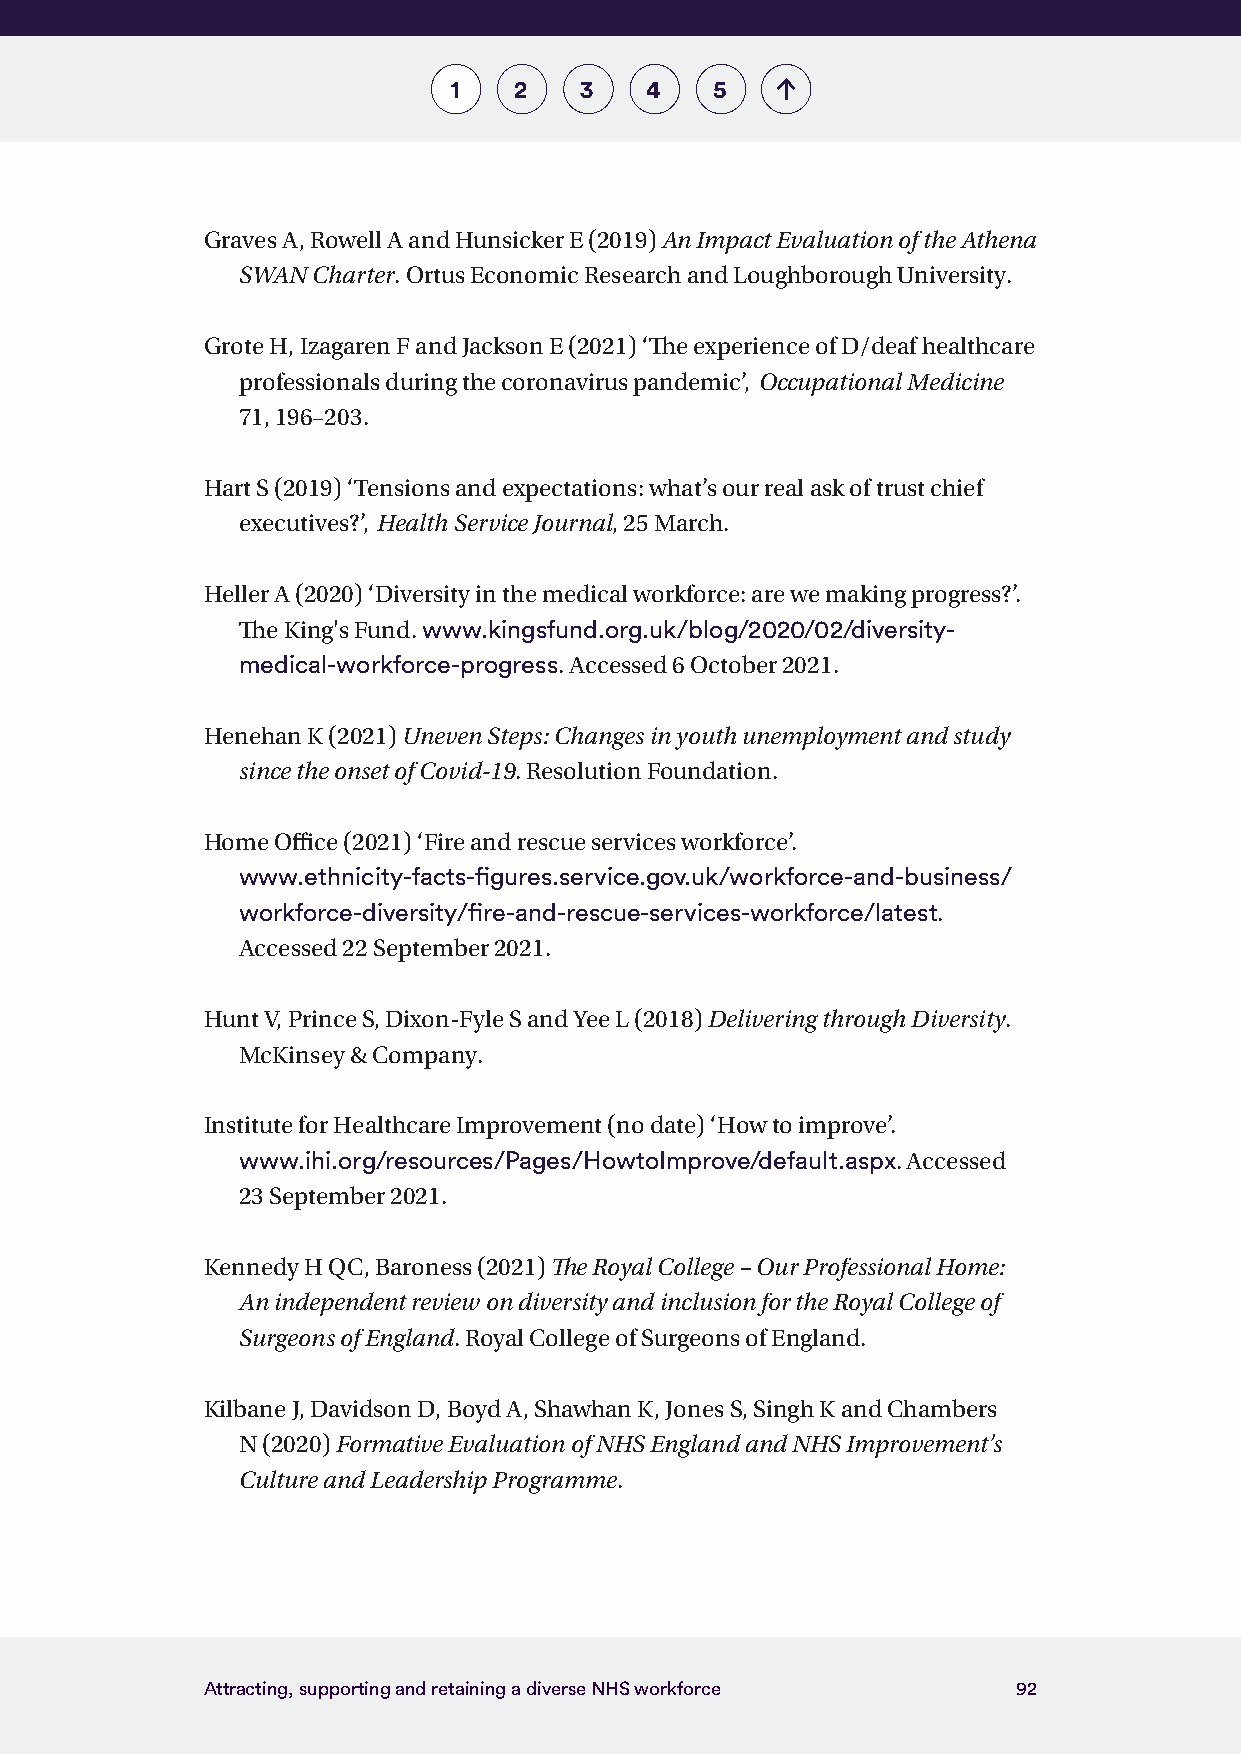
1   2   3    4   5
 Graves A, Rowell A and Hunsicker E (2019) An Impact Evaluation of the Athena
 SWAN Charter. Ortus Economic Research and Loughborough University.
 Grote H, Izagaren F and Jackson E (2021) ‘The experience of D/deaf healthcare
 professionals during the coronavirus pandemic’, Occupational Medicine
 71, 196–203.
 Hart S (2019) ‘Tensions and expectations: what’s our real ask of trust chief
 executives?’, Health Service Journal, 25 March.
 Heller A (2020) ‘Diversity in the medical workforce: are we making progress?’.
 The King's Fund. www.kingsfund.org.uk/blog/2020/02/diversity-
 medical-workforce-progress. Accessed 6 October 2021.
 Henehan K (2021) Uneven Steps: Changes in youth unemployment and study
 since the onset of Covid-19. Resolution Foundation.
 Home Office (2021) ‘Fire and rescue services workforce’.
 www.ethnicity-facts-figures.service.gov.uk/workforce-and-business/
 workforce-diversity/fire-and-rescue-services-workforce/latest.
 Accessed 22 September 2021.
 Hunt V, Prince S, Dixon-Fyle S and Yee L (2018) Delivering through Diversity.
 McKinsey & Company.
 Institute for Healthcare Improvement (no date) ‘How to improve’.
 www.ihi.org/resources/Pages/HowtoImprove/default.aspx. Accessed
 23 September 2021.
 Kennedy H QC, Baroness (2021) The Royal College – Our Professional Home:
 An independent review on diversity and inclusion for the Royal College of
 Surgeons of England. Royal College of Surgeons of England.
 Kilbane J, Davidson D, Boyd A, Shawhan K, Jones S, Singh K and Chambers
 N (2020) Formative Evaluation of NHS England and NHS Improvement’s
 Culture and Leadership Programme.
 Attracting, supporting and retaining a diverse NHS workforce 92